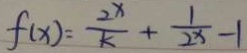
f ( x ) = \frac { 2 ^ { x } } { k } + \frac { 1 } { 2 _ { x } } - 1